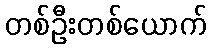
တစ်ဦးတစ်ယောက်